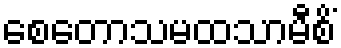
စေတောသမထသာမီစိံ